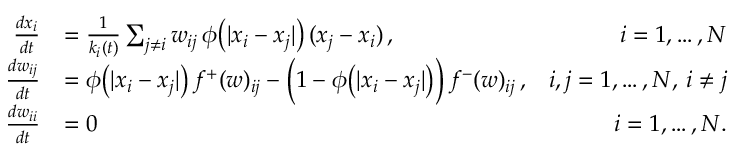
\begin{array} { r l r } { \frac { d x _ { i } } { d t } } & { = \frac { 1 } { k _ { i } ( t ) } \sum _ { j \neq i } w _ { i j } \, \phi \big ( | x _ { i } - x _ { j } | \big ) \, ( x _ { j } - x _ { i } ) \, , } & { i = 1 , \dots , N } \\ { \frac { d w _ { i j } } { d t } } & { = \phi \big ( | x _ { i } - x _ { j } | \big ) \, f ^ { + } ( w ) _ { i j } - \Big ( 1 - \phi \big ( | x _ { i } - x _ { j } | \big ) \Big ) \, f ^ { - } ( w ) _ { i j } \, , } & { i , j = 1 , \dots , N , \, i \neq j } \\ { \frac { d w _ { i i } } { d t } } & { = 0 } & { i = 1 , \dots , N . } \end{array}